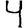
Digit: 4